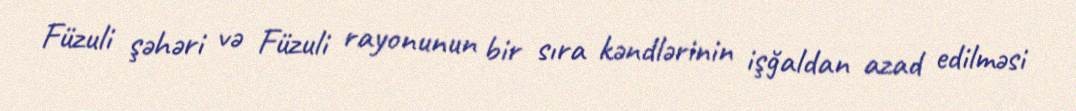
Füzuli şəhəri və Füzuli rayonunun bir sıra kəndlərinin işğaldan azad edilməsi